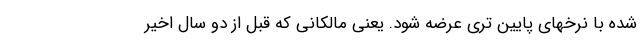
شده با نرخهای پایین تری عرضه شود. یعنی مالکانی که قبل از دو سال اخیر